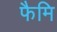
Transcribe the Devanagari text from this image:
फैमि